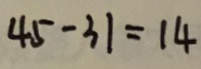
4 5 - 3 1 = 1 4